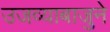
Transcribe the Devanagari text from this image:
उजव्याबाजुने